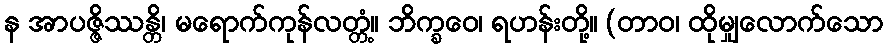
န အာပဇ္ဇိဿန္တိ၊ မရောက်ကုန်လတ္တံ့။ ဘိက္ခဝေ၊ ရဟန်းတို့။ (တာဝ၊ ထိုမျှလောက်သော